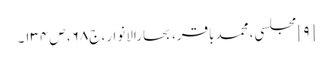
[۹] مجلسی، محمدباقر، بحارالانوار، ج۶۸، ص۱۳۴۔